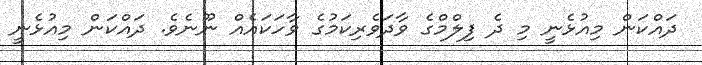
ދައްކަން މިއުޅެނީ މި ދެ ފިލްމްގެ ވާދަވެރިކަމުގެ ވާހަކައެއް ނޫނެވެ. ދައްކަން މިއުޅެނީ